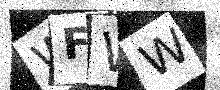
Text: WFWW